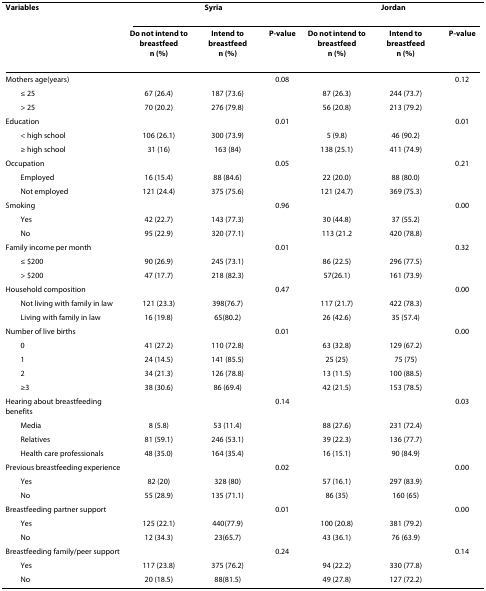
<table><thead><tr><td><b>Variables</b></td><td colspan="3"><b>Syria</b></td><td colspan="3"><b>Jordan</b></td></tr><tr><td></td><td><b>Do not intend to breastfeedn (%)</b></td><td><b>Intend to breastfeedn (%)</b></td><td><b>P-value</b></td><td><b>Do not intend to breastfeedn (%)</b></td><td><b>Intend to breastfeedn (%)</b></td><td><b>P-value</b></td></tr></thead><tbody><tr><td>Mothers age(years)</td><td></td><td></td><td>0.08</td><td></td><td></td><td>0.12</td></tr><tr><td> ≤ 25</td><td>67 (26.4)</td><td>187 (73.6)</td><td></td><td>87 (26.3)</td><td>244 (73.7)</td><td></td></tr><tr><td> &gt; 25</td><td>70 (20.2)</td><td>276 (79.8)</td><td></td><td>56 (20.8)</td><td>213 (79.2)</td><td></td></tr><tr><td>Education</td><td></td><td></td><td>0.01</td><td></td><td></td><td>0.01</td></tr><tr><td> &lt; high school</td><td>106 (26.1)</td><td>300 (73.9)</td><td></td><td>5 (9.8)</td><td>46 (90.2)</td><td></td></tr><tr><td> ≥ high school</td><td>31 (16)</td><td>163 (84)</td><td></td><td>138 (25.1)</td><td>411 (74.9)</td><td></td></tr><tr><td>Occupation</td><td></td><td></td><td>0.05</td><td></td><td></td><td>0.21</td></tr><tr><td> Employed</td><td>16 (15.4)</td><td>88 (84.6)</td><td></td><td>22 (20.0)</td><td>88 (80.0)</td><td></td></tr><tr><td> Not employed</td><td>121 (24.4)</td><td>375 (75.6)</td><td></td><td>121 (24.7)</td><td>369 (75.3)</td><td></td></tr><tr><td>Smoking</td><td></td><td></td><td>0.96</td><td></td><td></td><td>0.00</td></tr><tr><td> Yes</td><td>42 (22.7)</td><td>143 (77.3)</td><td></td><td>30 (44.8)</td><td>37 (55.2)</td><td></td></tr><tr><td> No</td><td>95 (22.9)</td><td>320 (77.1)</td><td></td><td>113 (21.2</td><td>420 (78.8)</td><td></td></tr><tr><td>Family income per month</td><td></td><td></td><td>0.01</td><td></td><td></td><td>0.32</td></tr><tr><td> ≤ $200</td><td>90 (26.9)</td><td>245 (73.1)</td><td></td><td>86 (22.5)</td><td>296 (77.5)</td><td></td></tr><tr><td> &gt; $200</td><td>47 (17.7)</td><td>218 (82.3)</td><td></td><td>57(26.1)</td><td>161 (73.9)</td><td></td></tr><tr><td>Household composition</td><td></td><td></td><td>0.47</td><td></td><td></td><td>0.00</td></tr><tr><td> Not living with family in law</td><td>121 (23.3)</td><td>398(76.7)</td><td></td><td>117 (21.7)</td><td>422 (78.3)</td><td></td></tr><tr><td> Living with family in law</td><td>16 (19.8)</td><td>65(80.2)</td><td></td><td>26 (42.6)</td><td>35 (57.4)</td><td></td></tr><tr><td>Number of live births</td><td></td><td></td><td>0.01</td><td></td><td></td><td>0.00</td></tr><tr><td> 0</td><td>41 (27.2)</td><td>110 (72.8)</td><td></td><td>63 (32.8)</td><td>129 (67.2)</td><td></td></tr><tr><td> 1</td><td>24 (14.5)</td><td>141 (85.5)</td><td></td><td>25 (25)</td><td>75 (75)</td><td></td></tr><tr><td> 2</td><td>34 (21.3)</td><td>126 (78.8)</td><td></td><td>13 (11.5)</td><td>100 (88.5)</td><td></td></tr><tr><td> ≥3</td><td>38 (30.6)</td><td>86 (69.4)</td><td></td><td>42 (21.5)</td><td>153 (78.5)</td><td></td></tr><tr><td>Hearing about breastfeeding benefits</td><td></td><td></td><td>0.14</td><td></td><td></td><td>0.03</td></tr><tr><td> Media</td><td>8 (5.8)</td><td>53 (11.4)</td><td></td><td>88 (27.6)</td><td>231 (72.4)</td><td></td></tr><tr><td> Relatives</td><td>81 (59.1)</td><td>246 (53.1)</td><td></td><td>39 (22.3)</td><td>136 (77.7)</td><td></td></tr><tr><td> Health care professionals</td><td>48 (35.0)</td><td>164 (35.4)</td><td></td><td>16 (15.1)</td><td>90 (84.9)</td><td></td></tr><tr><td>Previous breastfeeding experience</td><td></td><td></td><td>0.02</td><td></td><td></td><td>0.00</td></tr><tr><td> Yes</td><td>82 (20)</td><td>328 (80)</td><td></td><td>57 (16.1)</td><td>297 (83.9)</td><td></td></tr><tr><td> No</td><td>55 (28.9)</td><td>135 (71.1)</td><td></td><td>86 (35)</td><td>160 (65)</td><td></td></tr><tr><td>Breastfeeding partner support</td><td></td><td></td><td>0.01</td><td></td><td></td><td>0.00</td></tr><tr><td> Yes</td><td>125 (22.1)</td><td>440(77.9)</td><td></td><td>100 (20.8)</td><td>381 (79.2)</td><td></td></tr><tr><td> No</td><td>12 (34.3)</td><td>23(65.7)</td><td></td><td>43 (36.1)</td><td>76 (63.9)</td><td></td></tr><tr><td>Breastfeeding family/peer support</td><td></td><td></td><td>0.24</td><td></td><td></td><td>0.14</td></tr><tr><td> Yes</td><td>117 (23.8)</td><td>375 (76.2)</td><td></td><td>94 (22.2)</td><td>330 (77.8)</td><td></td></tr><tr><td> No</td><td>20 (18.5)</td><td>88(81.5)</td><td></td><td>49 (27.8)</td><td>127 (72.2)</td><td></td></tr></tbody></table>